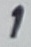
Text: 1